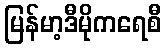
မြန်မာ့ဒီမိုကရေစီ